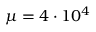
\mu = 4 \cdot 1 0 ^ { 4 }